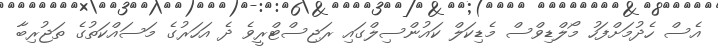
އެސް ހެދުމަށްފަހު މޯލްޑިވްސް މެޑިކަލް ކައުންސިލްގައި ރަޖިސްޓްރީވެ ދެ އަހަރުގެ މަސައްކަތުގެ ތަޖުރިބާ